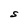
Character: S